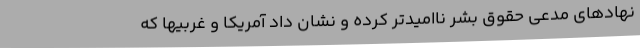
نهادهای مدعی حقوق بشر ناامیدتر کرده و نشان داد آمریکا و غربیها که